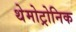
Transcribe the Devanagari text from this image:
थेमोट्रोनिक